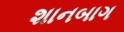
શાનબાગ